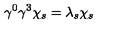
\gamma ^ { 0 } \gamma ^ { 3 } \chi _ { s } = \lambda _ { s } \chi _ { s } \,